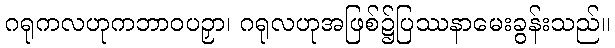
ဂရုကလဟုကဘာဝပဉှာ၊ ဂရုလဟုအဖြစ်၌ပြဿနာမေးခွန်းသည်။